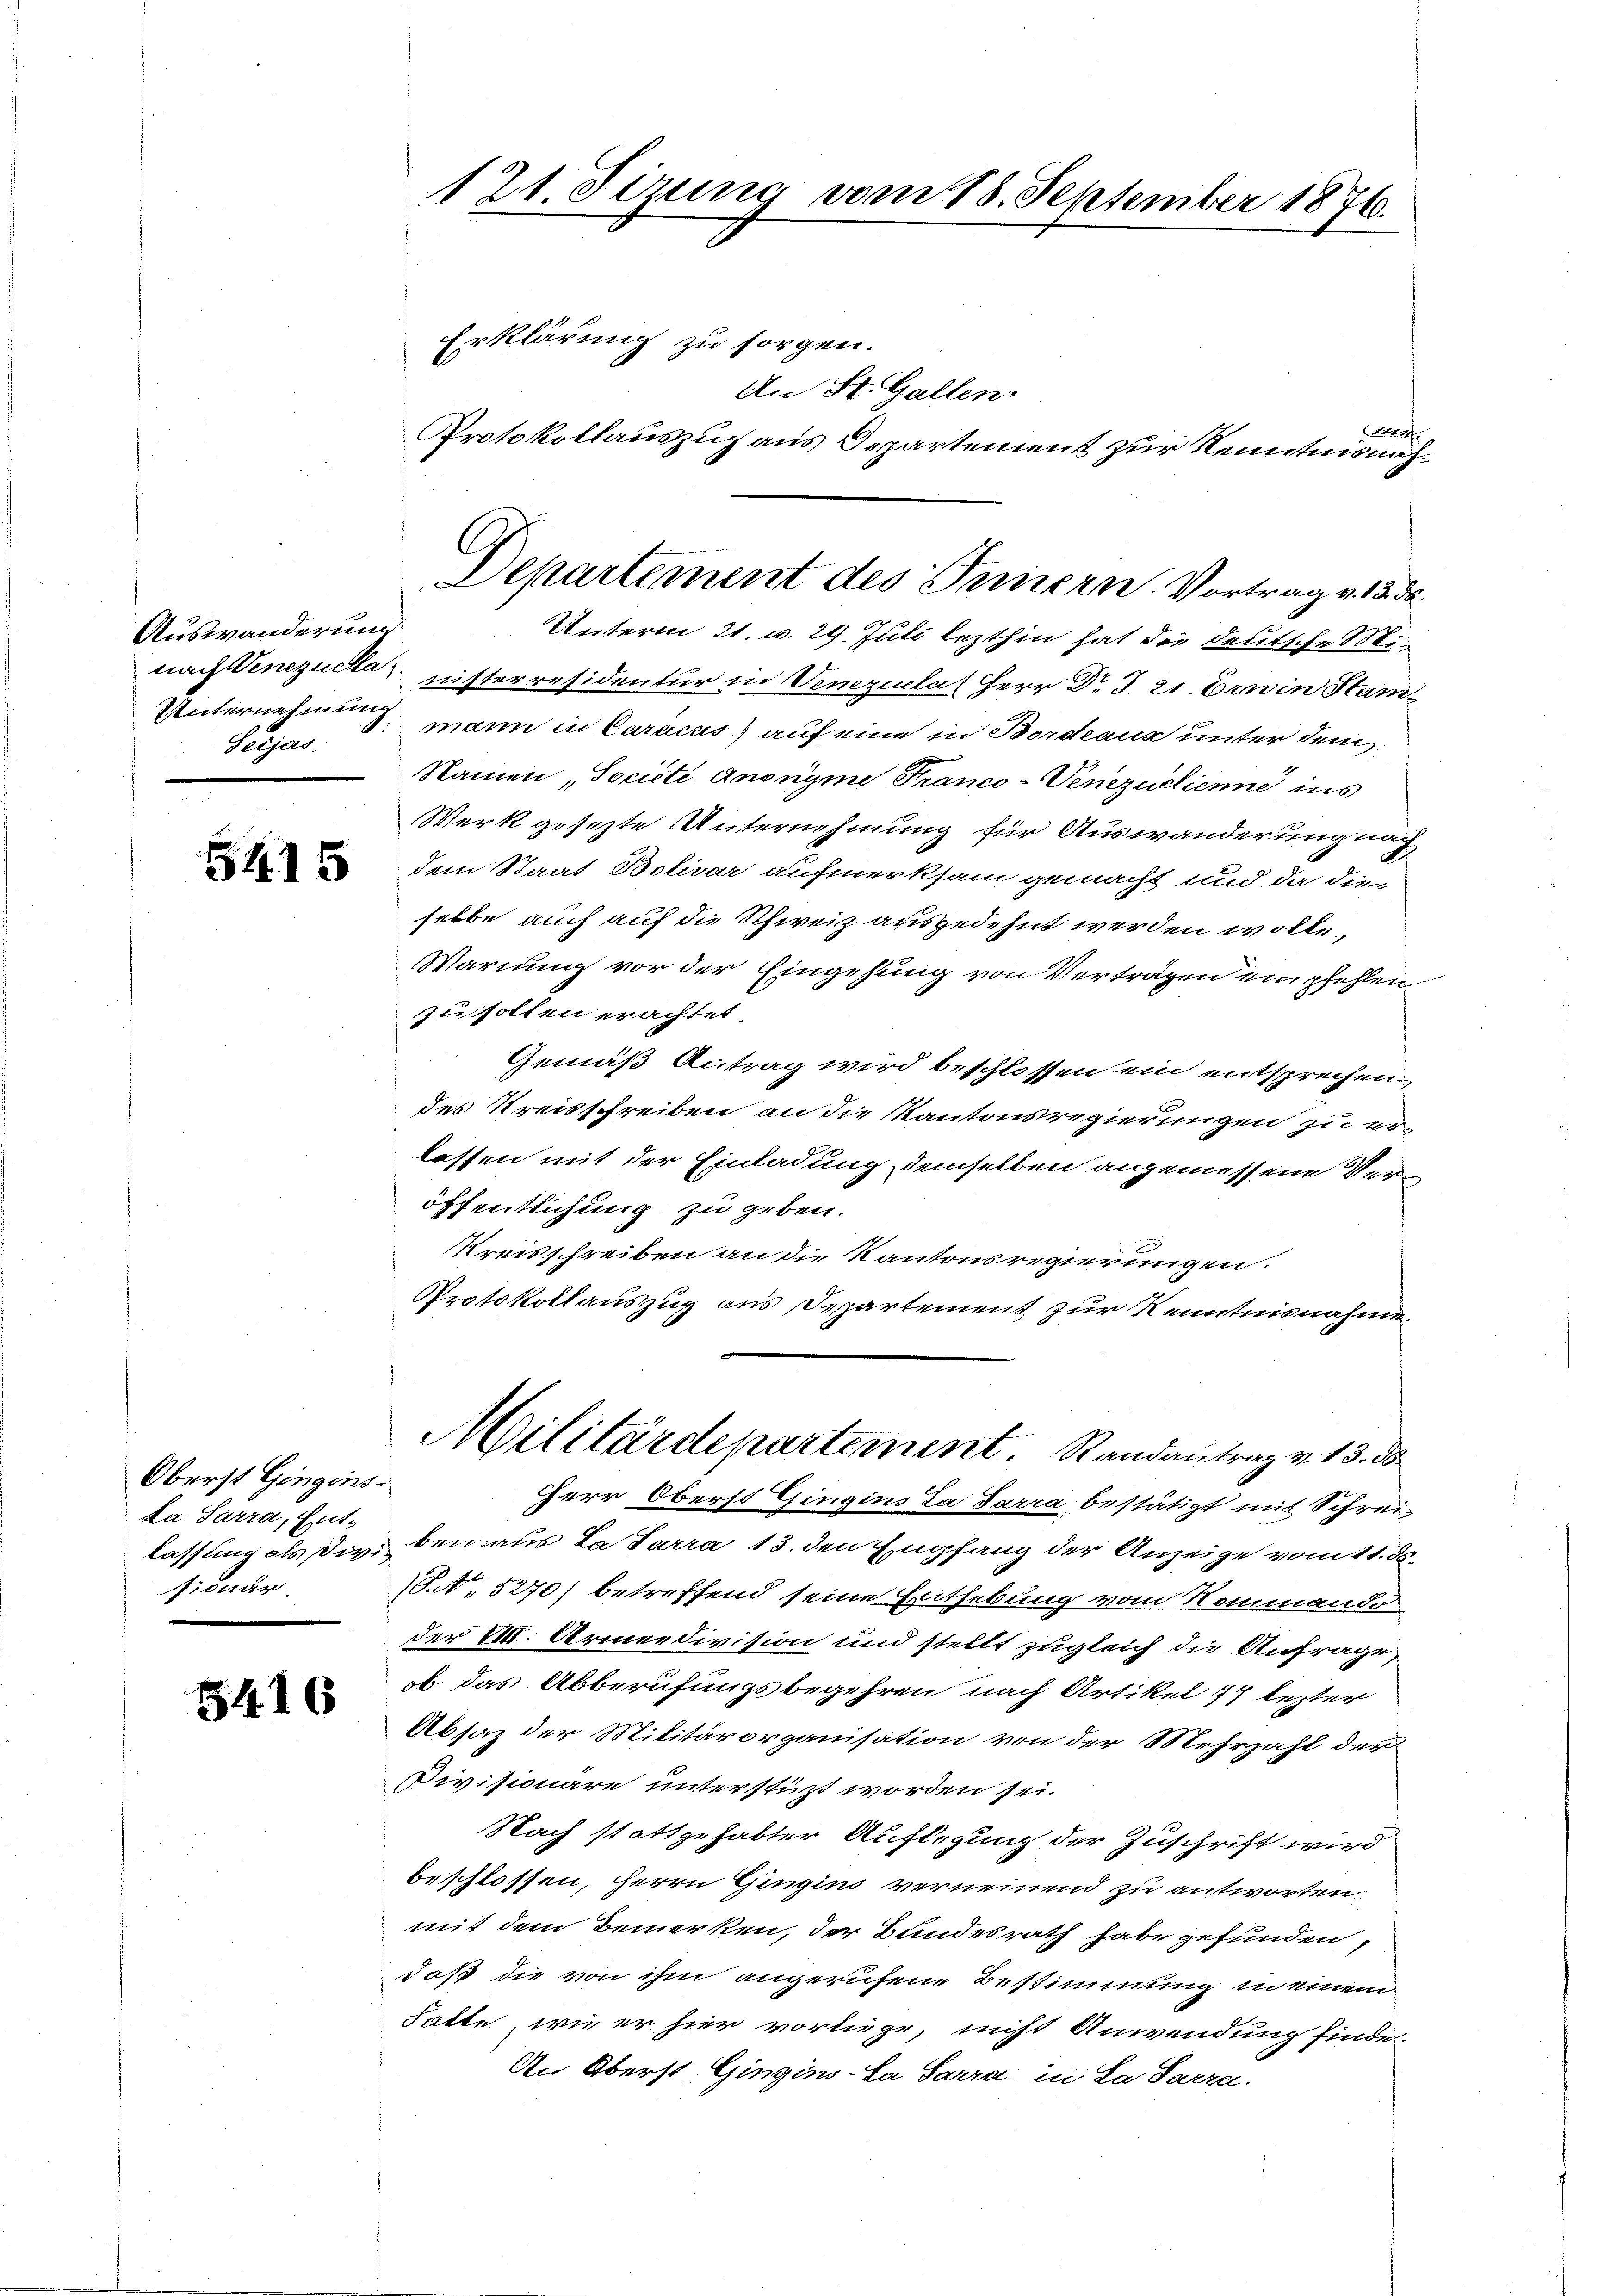
Auswanderung
Seijas.

5415

Oberst Gingins-
La Sarra, Entsionär

3416

121. Sizung vom 18. September 1876.
Erklärung zu sorgen.

An St. Gallen.
A
Protokollauszug aus Departement zur Kenntnisnah¬
Unterm 21. d. 29. Juli lezthin hat die deutsche Minach Venezuckanisterresidentur in Venezuela (Herr Dr. J. 21. Erwin Stam
Unternehmung mann in Caracus) auf eine in Bordeaus unter dem
Namen „Societe Anonyme Franco-Venezuclienne ins
Werk gesezte Unternehmung für Auswanderung nach
dem Staat Bolivar aufmerksam gemacht und da die
selbe auch auf die Schweiz ausgedehnt werden wolle,
Warnung vor der Eingehung von Vertragen empfehlen
zu sollen erachtet.
Gemäß Antrag wird beschlossen ein entsprechen
des Kreisschreiben an die Kantonsregierungen zu er-
lassen mit der Einladung, demselben angemessene Veröffentlichung zu geben.
Kreisschreiben an die Kantonsregierungen.
Protokollauszug aus Departement zur Kenntnisnahme.
Militärdepartement. Randantrag v. 13. ds.
Herr Oberst Gingins La Parra bestätigt mit Schreilassung als die, den aus La Sarra 13. den Empfang der Anzeige vom 11. d.
(8. 5270) betreffend seine Enthebung vom Nommando
der III. Armeedivision und stellt zugleich die Anfrage,
ob das Abberufungsbegehren nach Artikel 77 lezter
Absaz der Militärorganisation von der Mehrzahl der
Divisionäre unterstüzt worden sei.
Nach stattgehabter Auflegung der Zuschrift wird
beschlossen, Herrn Gingins verneinend zu antworten,
mit dem Bemerken, der Bundesrath habe gefunden,
daß die von ihm angerufene Bestimmung in einem
Falte, wie er hier vorliege, nicht Anwendung finde.
An Oberst Gingins-La Sarra, in Sa Sarra.

Departement des Innern. Vortrag v. 13. d.